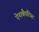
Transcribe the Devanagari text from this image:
ऐनाबैपटिस्ट